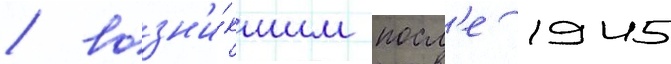
/ возн'и́кшим посл'е 1945